Annual administration report of the Civil Veterinary Department of India - 1900-1901
Year: 1900
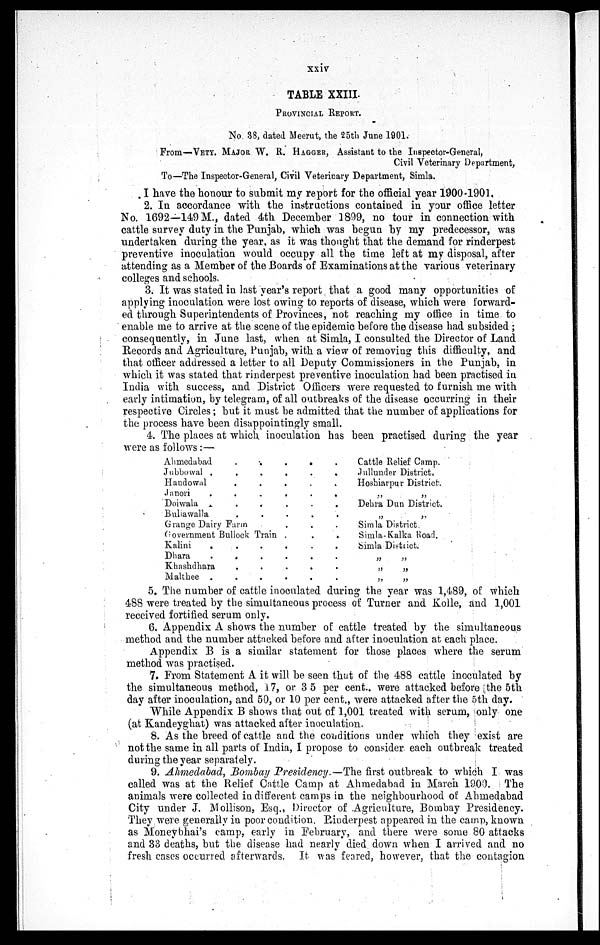
xxiv
TABLE XXIII.
PROVINCIAL REPORT.
No. 38, dated Meerut, the 25th June 1901.
From—VETY. MAJOR W. R. HAGGER, Assistant to the Inspector-General,
Civil Veterinary Department,
To—The Inspector-General, Civil Veterinary Department, Simla.
I have the honour to submit my report for the official year 1900-1901.
2. In accordance with the instructions contained in your office letter
No. 1692—149 M., dated 4th December 1899, no tour in connection with
cattle survey duty in the Punjab, which was begun by my predecessor, was
undertaken during the year, as it was thought that the demand for rinderpest
preventive inoculation would occupy all the time left at my disposal, after
attending as a Member of the Boards of Examinations at the various veterinary
colleges and schools.
3. It was stated in last year's report that a good many opportunities of
applying inoculation were lost owing to reports of disease, which were forward-
ed through Superintendents of Provinces, not reaching my office in time to
enable me to arrive at the scene of the epidemic before the disease had subsided;
consequently, in June last, when at Simla, I consulted the Director of Land
Records and Agriculture, Punjab, with a view of removing this difficulty, and
that officer addressed a letter to all Deputy Commissioners in the Punjab, in
which it was stated that rinderpest preventive inoculation had been practised in
India with success, and District Officers were requested to furnish me with
early intimation, by telegram, of all outbreaks of the disease occurring in their
respective Circles; but it must be admitted that the number of applications for
the process have been disappointingly small.
4. The places at which inoculation has been practised during the year
were as follows:—
Ahmedabad
.
.
.
.
.
Jubbowal .
.
.
.
.
.
Handowal
.
.
.
.
.
Janori
.
.
.
.
.
.
Doiwala
.
.
.
.
.
Buhawalla
.
.
.
.
.
Grange Dairy Farm . . . .
Government Bullock Train .
.
.
Kalini
.
.
.
.
.
.
Dhara
.
.
.
.
.
.
Khaskdhara
.
.
.
.
.
Malthee .
.
.
.
.
.
Cattle Relief Camp.
Jullunder District.
Hoshiarpur District.
„ „
Dehra Dun District.
„ „
Simla District.
Simla-Kalka Road.
Simla District.
„ „
„ „
„ „
5. The number of cattle inoculated during the year was 1,489, of which
48S were treated by the simultaneous process of Turner and Kolle, and 1,001
received fortified serum only.
6. Appendix A shows the number of cattle treated by the simultaneous
method and the number attacked before and after inoculation at each place.
Appendix B is a similar statement for those places where the serum
method was practised.
7. From Statement A it will be seen that of the 488 cattle inoculated by
the simultaneous method, 17, or 3 5 per cent. were attacked before the 5th
day after inoculation, and 50, or 10 per cent., were attacked after the 5th day.
While Appendix B shows that out of 1,001 treated with serum, only one
(at Kandeyghat) was attacked after inoculation.
8. As the breed of cattle and the conditions under which they exist are
not the same in all parts of India, I propose to consider each outbreak treated
during the year separately.
9. Ahmedabad, Bombay Presidency.—The first outbreak to which I was
called was at the Relief Cattle Camp at Ahmedabad in March 1900. The
animals were collected indifferent camps in the neighbourhood of Ahmedabad
City under J. Mollison, Esq., Director of Agriculture, Bombay Presidency.
They were generally in poor condition. Rinderpest appeared in the camp, known
as Moneybhai's camp, early in February, and there were some 80 attacks
and 33 deaths, but the disease had nearly died down when I arrived and no
fresh cases occurred afterwards. It was feared, however, that the contagion